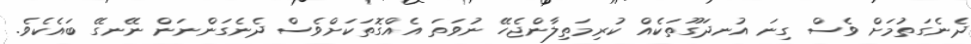
ދެނެގަތުމަށް ވެސް ގިނަ އުނދަގޫތަކެއް ކުރިމަތިލާންޖެހޭ ނުވަތަ އެއްގޮތަކަށްވެސް ދެނެގަންނަން ނޭނގޭ ބައެކެވެ.